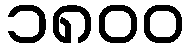
၁၈၀၀